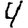
Digit: 4